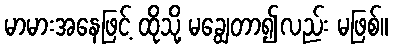
မာမားအနေဖြင့် ထိုသို့ မချွေတာ၍လည်း မဖြစ်။